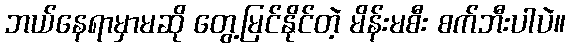
ဘယ်နေရာမှာမဆို တွေ့မြင်နိုင်တဲ့ မိန်းမစီး စက်ဘီးပါပဲ။